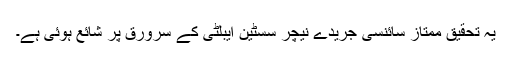
یہ تحقیق ممتاز سائنسی جریدے نیچر سسٹین ایبلٹی کے سرورق پر شائع ہوئی ہے۔